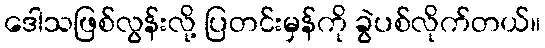
ဒေါသဖြစ်လွန်းလို့ ပြတင်းမှန်ကို ခွဲပစ်လိုက်တယ်။